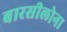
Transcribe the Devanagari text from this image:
बारसीलोना